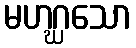
မဟဂ္ဃသော